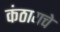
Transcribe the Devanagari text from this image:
कंठायचे